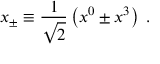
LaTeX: x _ { \pm } \equiv \frac 1 { \sqrt { 2 } } \left( x ^ { 0 } \pm x ^ { 3 } \right) \; .